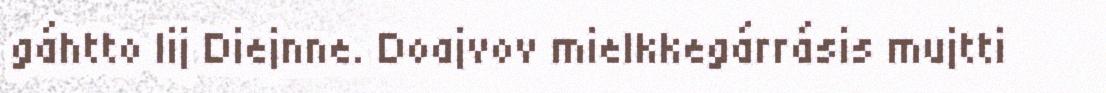
gáhtto lij Diejnne. Doajvov mielkkegárrásis mujtti